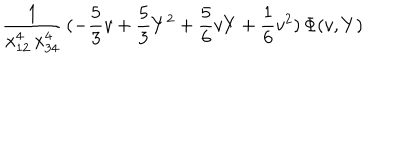
\frac { 1 } { x _ { 1 2 } ^ { 4 } \, x _ { 3 4 } ^ { 4 } } \, ( - \frac { 5 } { 3 } v + \frac { 5 } { 3 } Y ^ { 2 } + \frac { 5 } { 6 } v Y + \frac { 1 } { 6 } v ^ { 2 } ) \, \Phi ( v , Y )